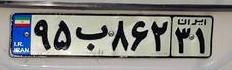
۹۵ب۸۶۲۳۱